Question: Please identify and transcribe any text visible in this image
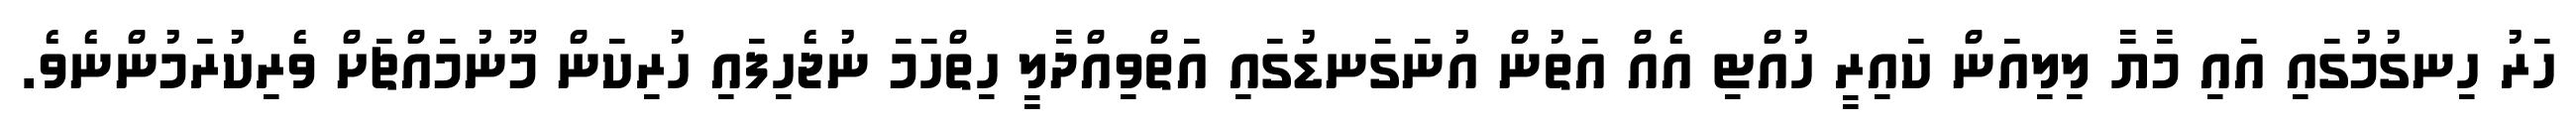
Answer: ހަރު ހިނގުމުގައި އައި މާޔާ ލިލިއަން ކައިރީ ހުއްޓި އެއް އަތުން އުނަގަނޑުގައި އަތްވިއްދާލީ ހިތްހަމަ ނުޖެހިފައި ހުރިކަން މޫނުމައްޗަށް ވެރިކުރަމުންނެވެ.